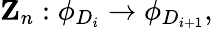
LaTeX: {\mathbf Z}_{n}:\phi_{D_{i}}\rightarrow\phi_{D_{i+1}},